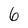
Character: 6